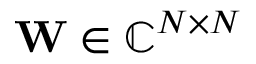
\mathbf { W } \in \mathbb { C } ^ { N \times N }